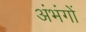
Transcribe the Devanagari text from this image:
अंभंगों